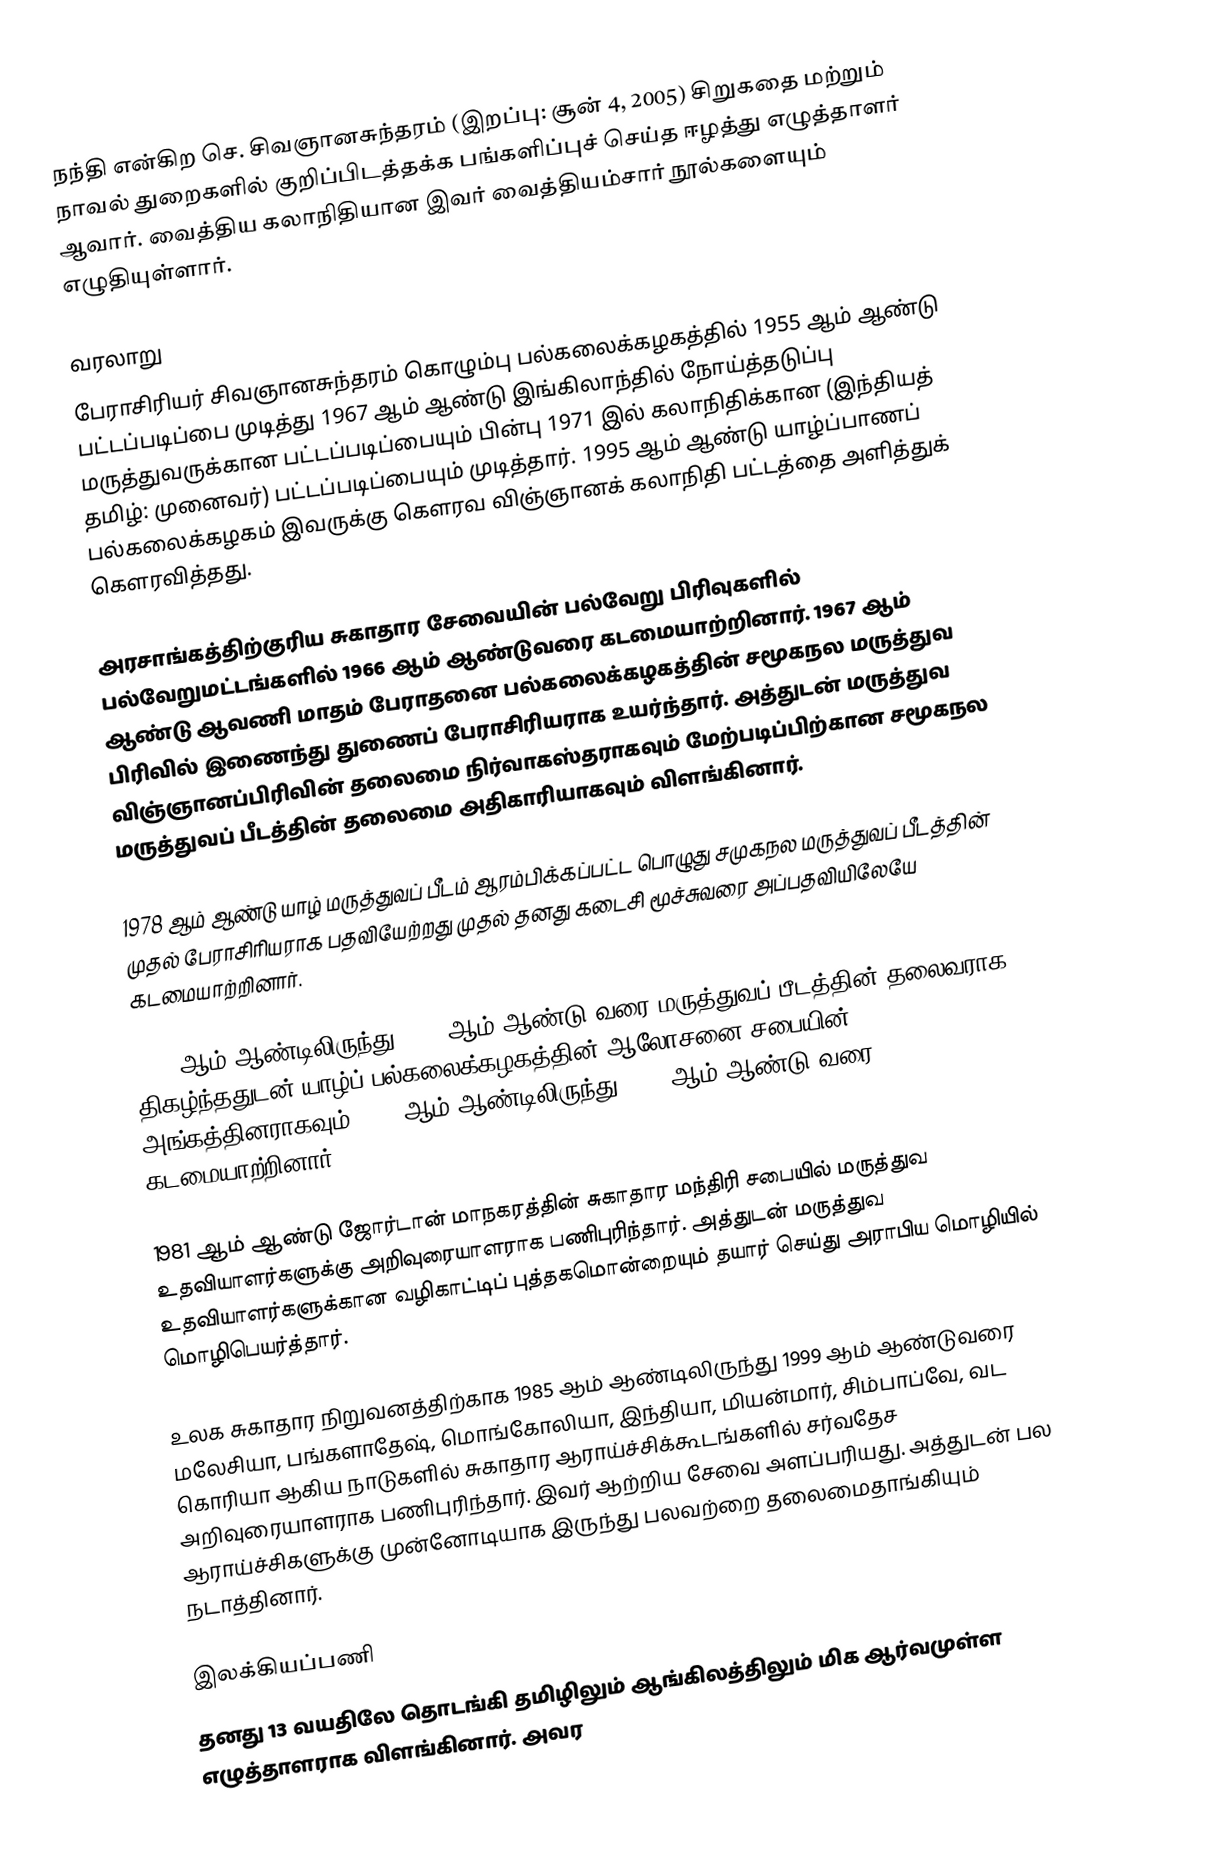
நந்தி என்கிற செ. சிவஞானசுந்தரம் (இறப்பு: சூன் 4, 2005) சிறுகதை மற்றும் நாவல் துறைகளில் குறிப்பிடத்தக்க பங்களிப்புச் செய்த ஈழத்து எழுத்தாளர்  ஆவார். வைத்திய கலாநிதியான இவர் வைத்தியம்சார் நூல்களையும் எழுதியுள்ளார்.

வரலாறு
பேராசிரியர் சிவஞானசுந்தரம் கொழும்பு பல்கலைக்கழகத்தில் 1955 ஆம் ஆண்டு பட்டப்படிப்பை முடித்து 1967 ஆம் ஆண்டு இங்கிலாந்தில் நோய்த்தடுப்பு மருத்துவருக்கான பட்டப்படிப்பையும்  பின்பு 1971 இல் கலாநிதிக்கான (இந்தியத் தமிழ்: முனைவர்) பட்டப்படிப்பையும் முடித்தார். 1995 ஆம் ஆண்டு யாழ்ப்பாணப் பல்கலைக்கழகம்  இவருக்கு கெளரவ விஞ்ஞானக் கலாநிதி பட்டத்தை அளித்துக் கௌரவித்தது.

அரசாங்கத்திற்குரிய சுகாதார சேவையின் பல்வேறு பிரிவுகளில் பல்வேறுமட்டங்களில் 1966 ஆம் ஆண்டுவரை கடமையாற்றினார். 1967 ஆம் ஆண்டு ஆவணி மாதம் பேராதனை பல்கலைக்கழகத்தின் சமூகநல மருத்துவ பிரிவில் இணைந்து துணைப் பேராசிரியராக உயர்ந்தார். அத்துடன் மருத்துவ விஞ்ஞானப்பிரிவின் தலைமை நிர்வாகஸ்தராகவும் மேற்படிப்பிற்கான சமூகநல மருத்துவப் பீடத்தின் தலைமை அதிகாரியாகவும் விளங்கினார்.

1978 ஆம் ஆண்டு யாழ் மருத்துவப் பீடம் ஆரம்பிக்கப்பட்ட பொழுது சமுகநல மருத்துவப் பீடத்தின் முதல் பேராசிரியராக பதவியேற்றது முதல் தனது கடைசி மூச்சுவரை அப்பதவியிலேயே கடமையாற்றினார்.

1984 ஆம் ஆண்டிலிருந்து 1988 ஆம் ஆண்டு வரை மருத்துவப் பீடத்தின் தலைவராக திகழ்ந்ததுடன் யாழ்ப் பல்கலைக்கழகத்தின் ஆலோசனை சபையின் அங்கத்தினராகவும் 1979 ஆம் ஆண்டிலிருந்து 1993 ஆம் ஆண்டு வரை கடமையாற்றினார்.

1981 ஆம் ஆண்டு ஜோர்டான் மாநகரத்தின் சுகாதார மந்திரி சபையில் மருத்துவ உதவியாளர்களுக்கு அறிவுரையாளராக பணிபுரிந்தார். அத்துடன் மருத்துவ உதவியாளர்களுக்கான வழிகாட்டிப் புத்தகமொன்றையும் தயார் செய்து அராபிய மொழியில் மொழிபெயர்த்தார்.

உலக சுகாதார நிறுவனத்திற்காக 1985 ஆம் ஆண்டிலிருந்து 1999 ஆம் ஆண்டுவரை மலேசியா, பங்களாதேஷ்,  மொங்கோலியா, இந்தியா, மியன்மார், சிம்பாப்வே, வட கொரியா ஆகிய நாடுகளில் சுகாதார ஆராய்ச்சிக்கூடங்களில் சர்வதேச அறிவுரையாளராக பணிபுரிந்தார். இவர் ஆற்றிய சேவை அளப்பரியது. அத்துடன் பல ஆராய்ச்சிகளுக்கு முன்னோடியாக இருந்து பலவற்றை தலைமைதாங்கியும் நடாத்தினார்.

இலக்கியப்பணி
தனது 13 வயதிலே தொடங்கி தமிழிலும் ஆங்கிலத்திலும் மிக ஆர்வமுள்ள எழுத்தாளராக விளங்கினார். அவர